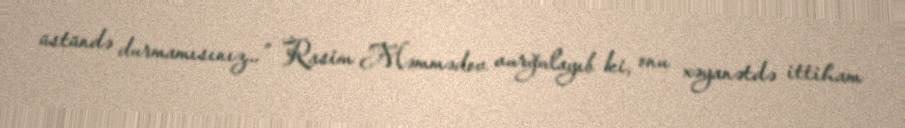
üstündə durmamısınız...” Rasim Məmmədov vurğulayıb ki, onu xəyanətdə ittiham